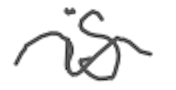
Text: is
Cross-out: wave
Writing tool: digital_gray